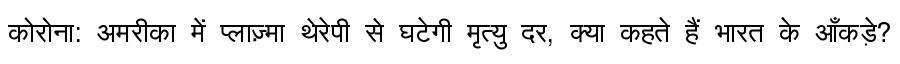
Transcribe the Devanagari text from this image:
कोरोना: अमरीका में प्लाज़्मा थेरेपी से घटेगी मृत्यु दर, क्या कहते हैं भारत के आँकड़े?